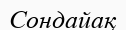
Сондайақ